Scottish Leaving Certificate Examination, 1956
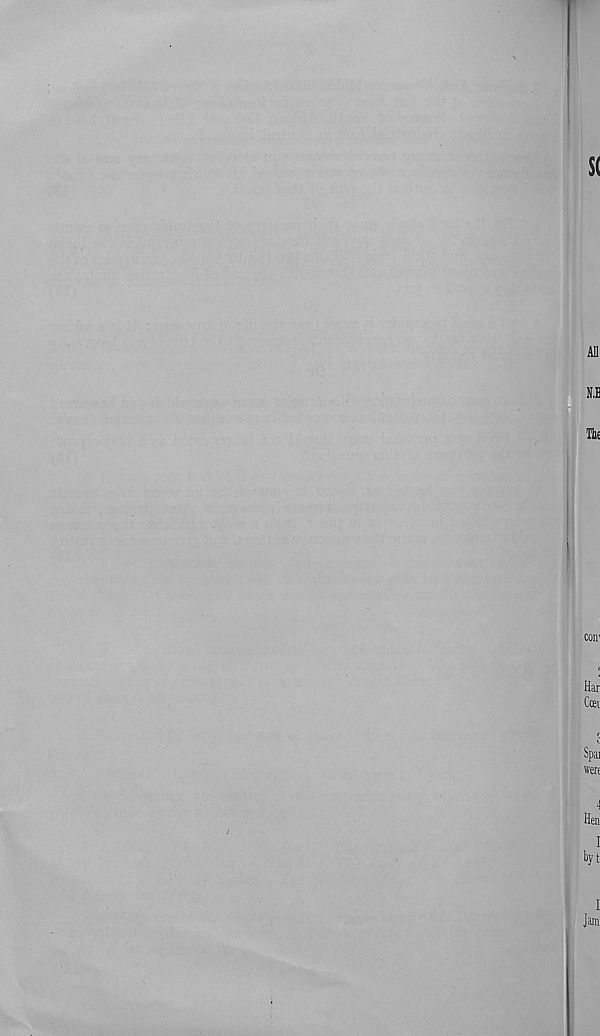
S(
All
N.E
The
coir
Har
Con
Spai
were
Hen
I
byt
I
jam